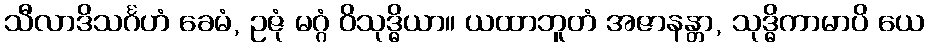
သီလာဒိသင်္ဂဟံ ခေမံ, ဥဇုံ မဂ္ဂံ ဝိသုဒ္ဓိယာ။ ယထာဘူတံ အဇာနန္တာ, သုဒ္ဓိကာမာပိ ယေ